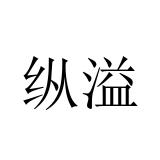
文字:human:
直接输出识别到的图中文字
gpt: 纵溢